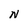
Character: N